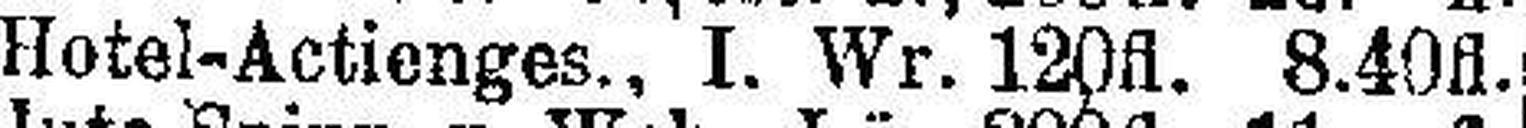
Hotel-Actienges., I. Wr. 120fl. 8.40fl.